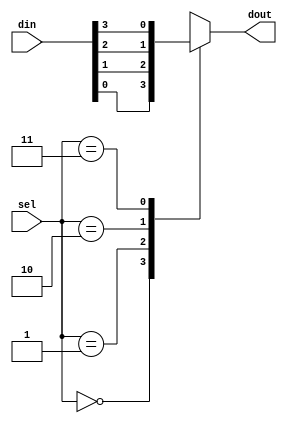
module multiplexer4_1 ( din ,sel ,dout );

output dout ;
reg dout ;

input [3:0] din ;
wire [3:0] din ;
input [1:0] sel ;
wire [1:0] sel ;

always @ (din or sel) begin
 case(sel)
 2'b00:dout<=din[0];
 2'b01:dout<=din[1];
 2'b10:dout<=din[2];
 2'b11:dout<=din[3];
 endcase
end

endmodule